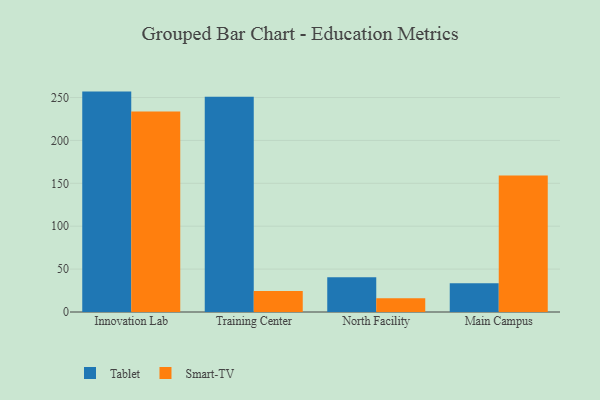
{"axis": {"x": "Campus", "y": "Gross Profit (USD K)"}, "legend": ["Smart-TV", "Tablet"], "data": [{"x": "Innovation Lab", "y": 256.9, "type": "Tablet"}, {"x": "Innovation Lab", "y": 233.8, "type": "Smart-TV"}, {"x": "Training Center", "y": 251.0, "type": "Tablet"}, {"x": "Training Center", "y": 24.4, "type": "Smart-TV"}, {"x": "North Facility", "y": 40.6, "type": "Tablet"}, {"x": "North Facility", "y": 16.0, "type": "Smart-TV"}, {"x": "Main Campus", "y": 33.6, "type": "Tablet"}, {"x": "Main Campus", "y": 159.2, "type": "Smart-TV"}]}